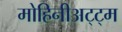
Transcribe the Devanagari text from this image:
मोहिनीअट्ट्म